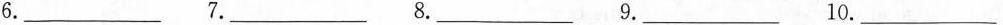
6.___ 7.___ 8.___ 9.___ 10.___